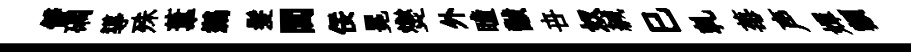
僻磵導殊葦鷀髪閭佞冕爕外瞳黻卋奴緘巳乹莓声嬋額